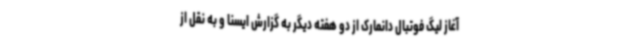
آغاز لیگ فوتبال دانمارک از دو هفته دیگر به گزارش ایسنا و به نقل از